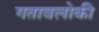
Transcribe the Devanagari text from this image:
गतावलोकी